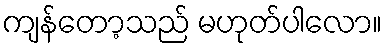
ကျန်တော့သည် မဟုတ်ပါလော။